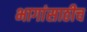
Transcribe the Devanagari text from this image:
भागांसाठीच